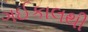
ગઈકાલથી